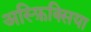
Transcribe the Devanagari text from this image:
अस्फ़िक्सिया